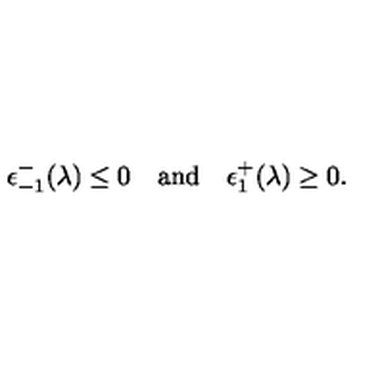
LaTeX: \epsilon _ { - 1 } ^ { - } ( \lambda ) \leq 0 \quad \mathrm { a n d } \quad \epsilon _ { 1 } ^ { + } ( \lambda ) \geq 0 .